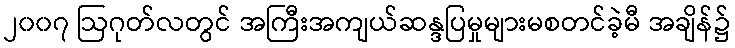
၂၀၀၇ ဩဂုတ်လတွင် အကြီးအကျယ်ဆန္ဒပြမှုများမစတင်ခဲ့မီ အချိန်၌